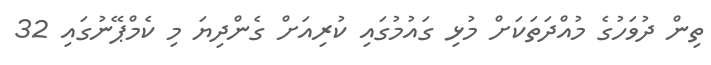
ތިން ދުވަހުގެ މުއްދަތަކަށް މުޅި ގައުމުގައި ކުރިއަށް ގެންދިޔަ މި ކެމްޕޭނުގައި 32